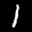
Digit: 1